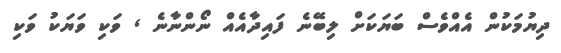
ދިޔުމަކުން އެއްވެސް ބަޔަކަށް ލިބޭނެ ފައިދާއެއް ނޯންނާނެ